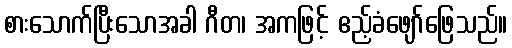
စားသောက်ပြီးသောအခါ ဂီတ၊ အကဖြင့် ဧည့်ခံဖျော်ဖြေသည်။